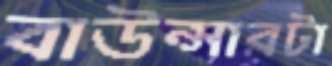
বাউন্সারটা